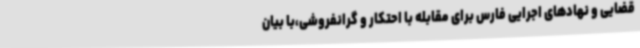
قضایی و نهادهای اجرایی فارس برای مقابله با احتکار و گرانفروشی،با بیان